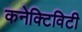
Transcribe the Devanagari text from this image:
कनेक्‍टिविटी